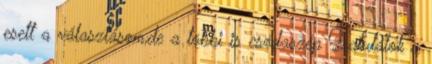
esett a választásom,de a többi is csodaszép Gratulálok a